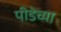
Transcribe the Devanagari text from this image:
पीडेच्या